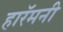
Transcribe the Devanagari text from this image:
हारॅमनी